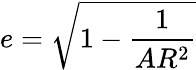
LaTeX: e=\sqrt{1-\frac{1}{AR^{2}}}